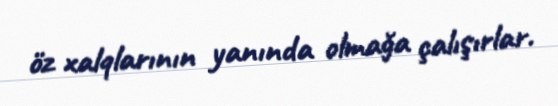
öz xalqlarının yanında olmağa çalışırlar.